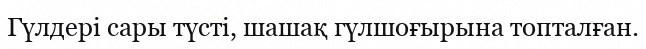
Гүлдері сары түсті, шашақ гүлшоғырына топталған.